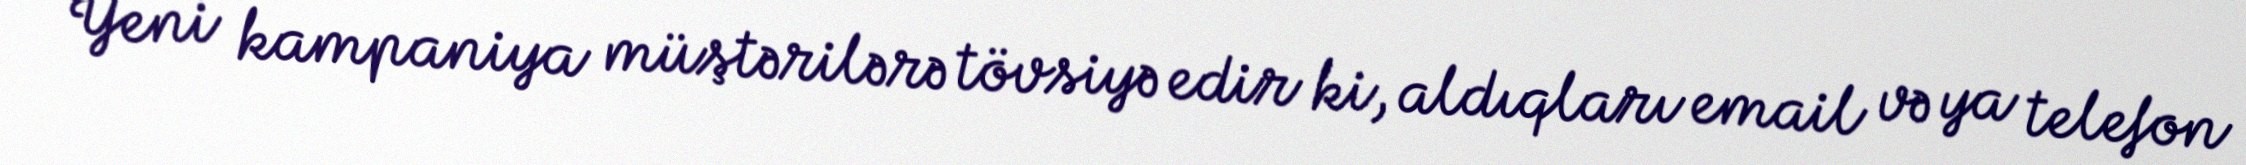
Yeni kampaniya müştərilərə tövsiyə edir ki, aldıqları email və ya telefon